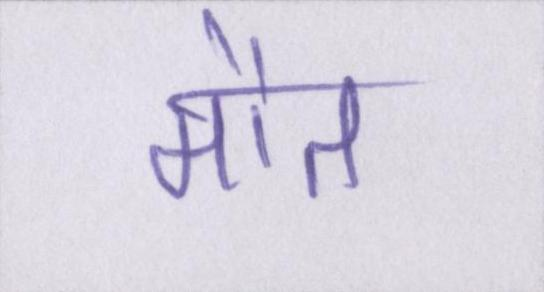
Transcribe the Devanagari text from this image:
मौत